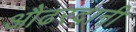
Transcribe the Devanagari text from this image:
औढरदानी